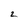
Character: 2